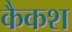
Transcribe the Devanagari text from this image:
कैकश